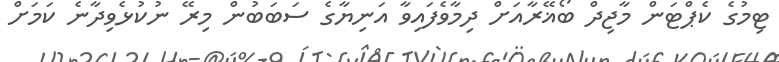
ޓިމުގެ ކެޕްޓަން މާޖިދް ބޯޣޭރާއަށް ދިމާވެފައިވާ އަނިޔާގެ ސަބަބުން މިރޭ ނުކުޅެވިދާނެ ކަމަށް